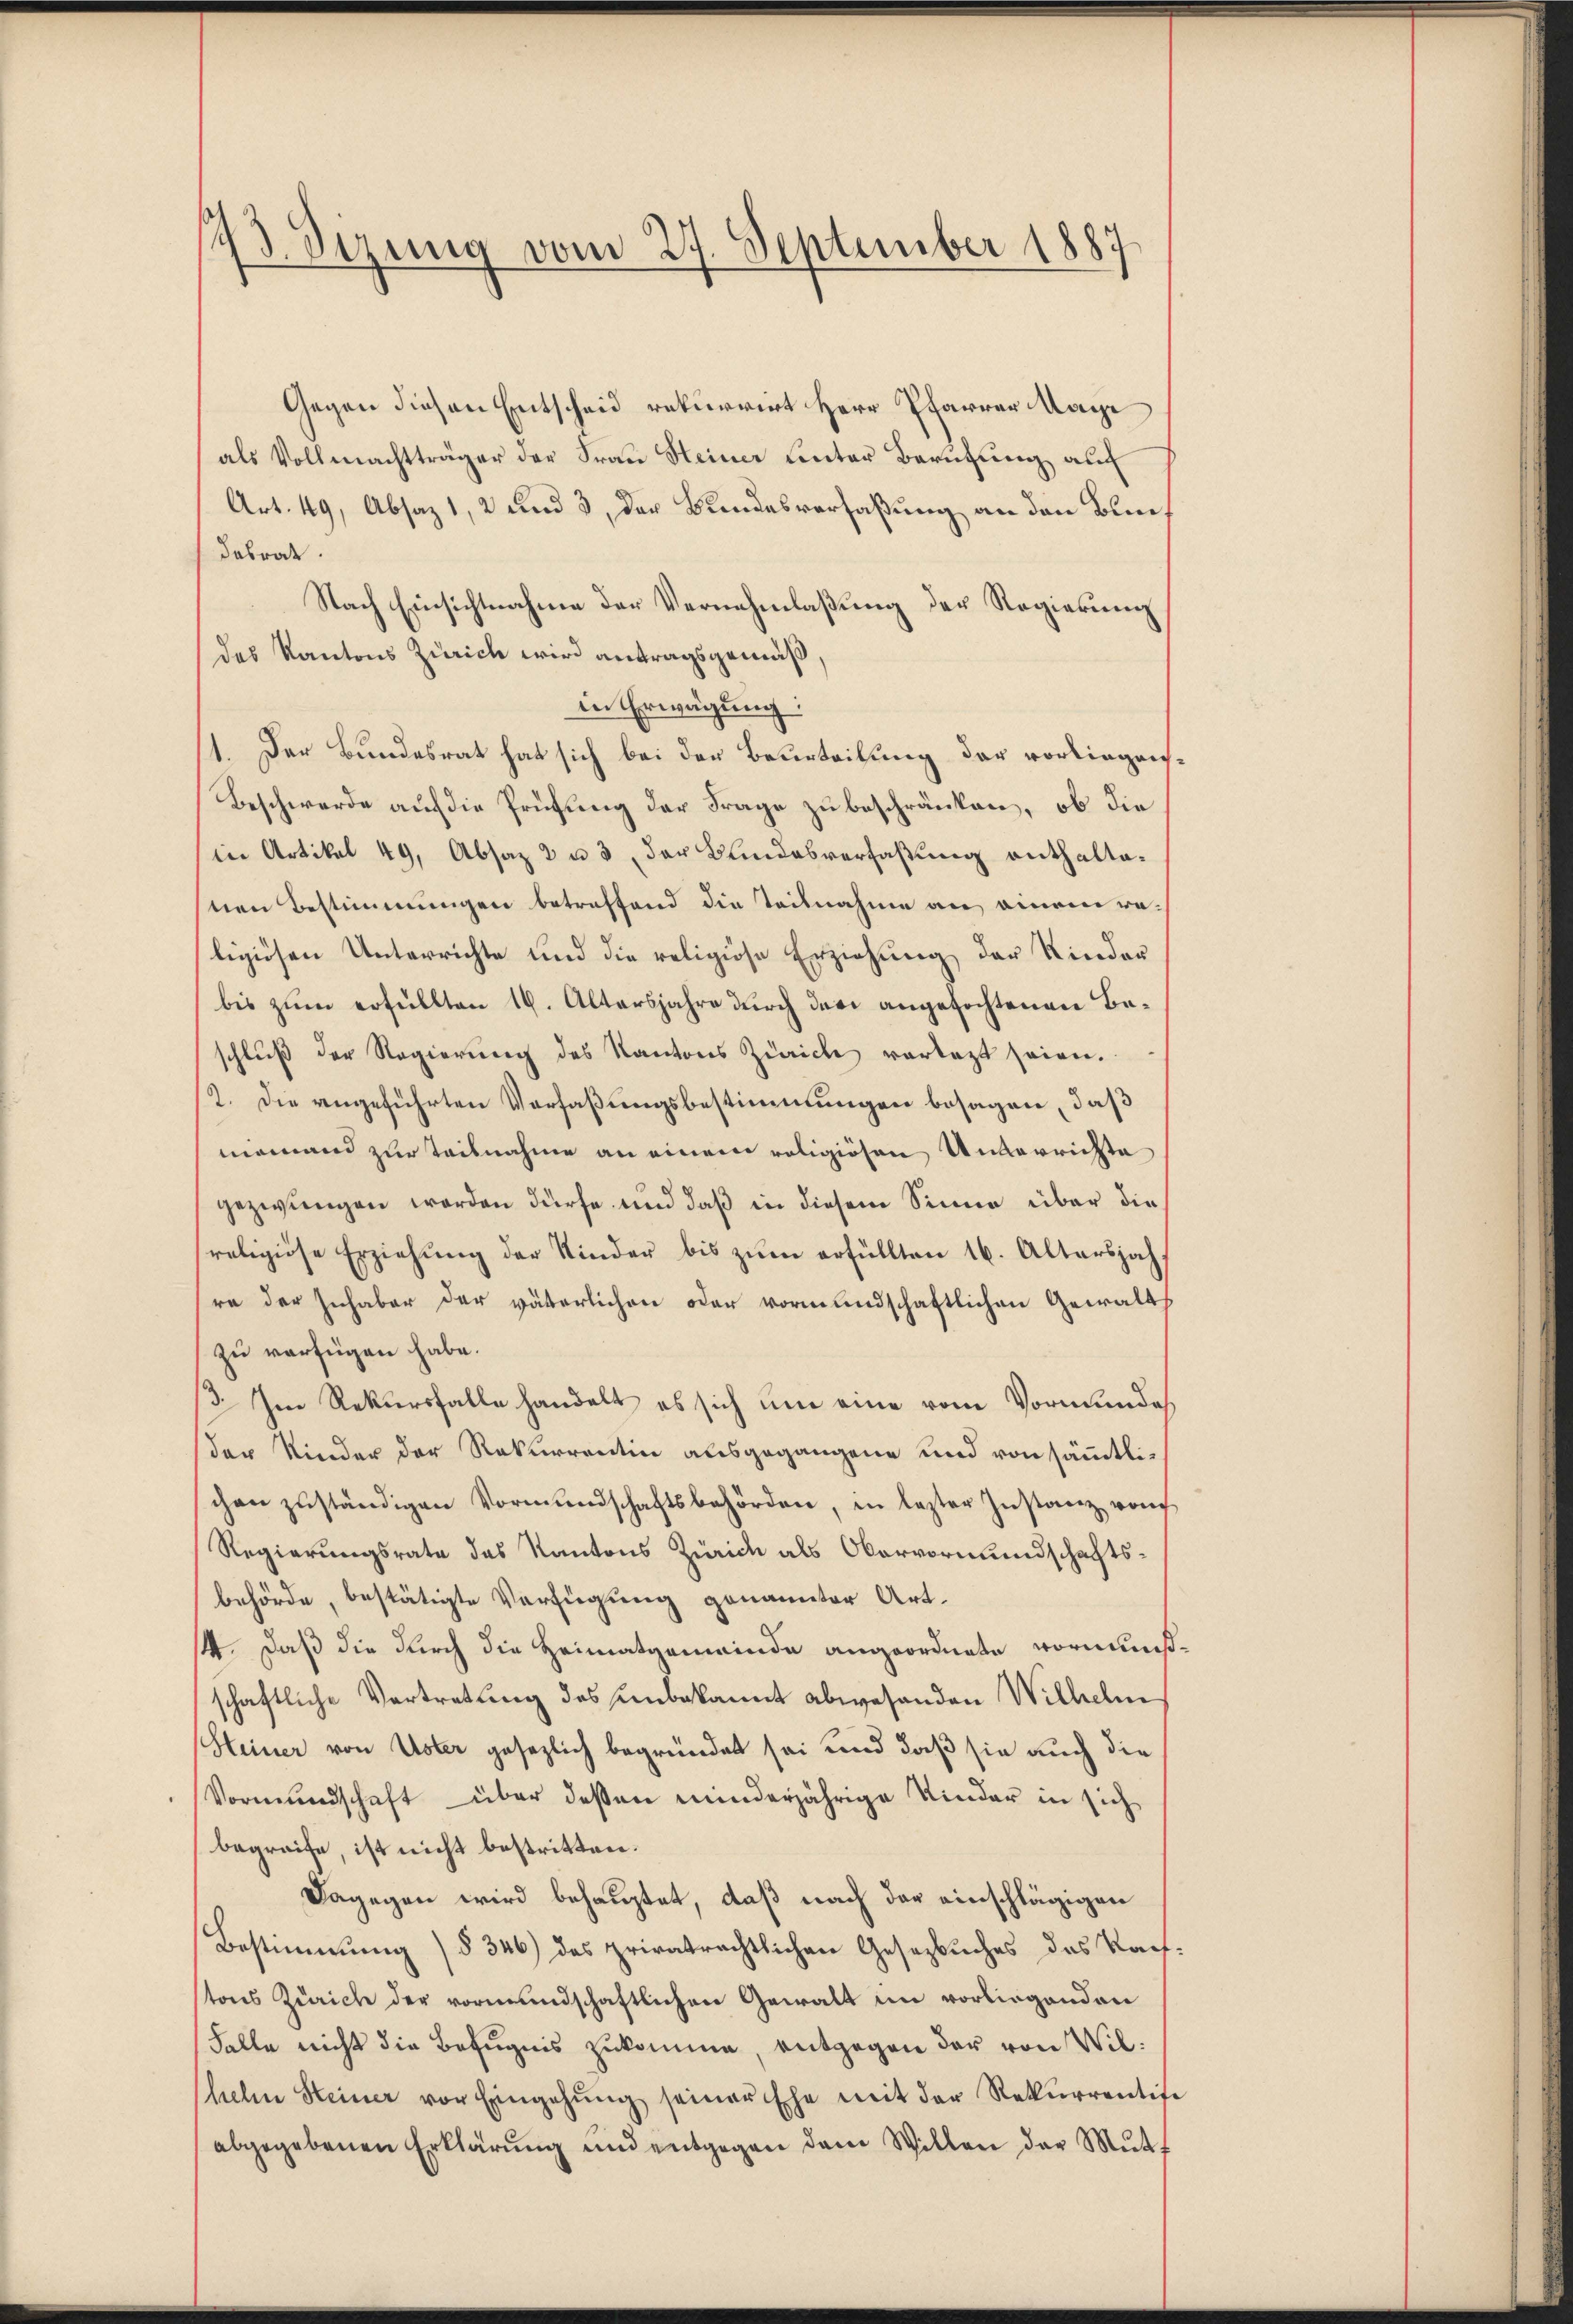
s
Sizung vom 27. September 1887

Gegen diesen Entscheid rekurrirt Herr Pfarrer Tage
als Vollmachtträger der Frau Steiner Linter Berufung auch
Art. 49, Absaz 1, 2 und 3, der Bundesverfaßung an den Blunt
desrat.
Nach Einsichtnahme der Vernehmlaßung der Regierung
das Kantons Zürich wird antragsgemäß,
in Erwägung:
1. Der Bundesrat hat sich bei der Beurteilung der vorliegen.
Beschwerde auf die Prüfung der Frage zu beschränken, ob die
in Artikel 49, Absaz 2 u 3 der Bundesverfaßung enthaltanen Bestimmungen betreffend die Teilnahme an einem raligiösen Unterrichte und die religiöse Erziehung der Kinder
bis zum erfüllten 16. Altersjahre durch der angefochtenen Beschluß der Regierung des Kantons Zürich vorlegt seien.
2. Die angeführten Verfaßungsbestimmungen besagen, daß
niemand zur Teilnahme an einem religiösen Unterrichte
gezwungen worden dürfe und daß in diesem Sinne über die
religiöse Erziehŭng der Kinder bis zŭm erfüllten 16. Altersjah
re der Inhaber der väterlichen oder vormundschaftlichen Gewalts
zu verfügen habe.
/3. Im Rekursfalle handelt es sich um eine vom Vormunde
der Kinder der Rekurrentin ausgegangene und von sämmtlichen zuständigen Vormundschaftsbehörden, in lezter Instanz von
Regierungsrate des Kantons Zürich als Obervormundschaftsbehörde, bestätigte Verfügung genannter Art.
4. daß die durch die Heimatgemeinde angeordnete vormunsschaftliche Vertretung des unbekannt abwesenden Wilhelm
Steiner von Uster gesezlich begründet sei und daß sie auch die
Vormundschaft über dessen minderjährige Kinder in sich
begreife, ist nicht bestritten.
Dagegen wird behauptet, daß nach der einschlägigen
Bestimmung (§ 346) das privatrechtlichen Gesetzbuches das Kauftons Zürich der vormundschaftlichen Gewalt im vorliegenden
Falle nicht die Befugnis zukomme, entgegen der von Wilhelm Steiner vor Eingehŭng seiner Ehe mit der Rekurrentise
abgegebenen Erklärŭng und entgegen dem Willen der Mŭtt